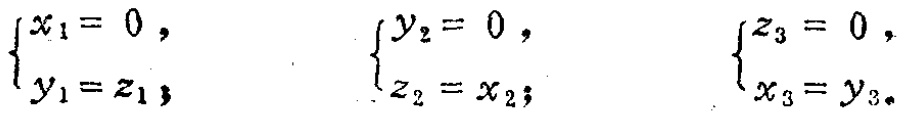
\(\begin{cases}

x_1 = 0, \\

y_1 = z_1;

\end{cases}\)

\(\begin{cases}

y_2 = 0, \\

z_2 = x_2;

\end{cases}\)

\(\begin{cases}

z_3 = 0, \\

x_3 = y_3.

\end{cases}\)